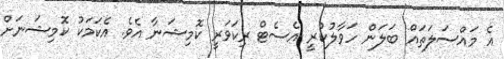
އެ މައްސަލަތައް ބަލަން ހަވާލުކުރީ އެސެޓް ރިކަވަރީ ކޮމިޝަނާ އެވެ. އެކަމަކު ކޮމިޝަނަށް